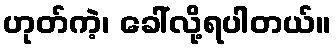
ဟုတ်ကဲ့၊ ခေါ်လို့ရပါတယ်။